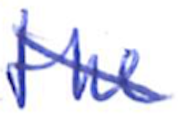
Text: the
Cross-out: diagonal
Writing tool: ballpoint